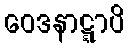
ဝေဒနာဋ္ဋာပိ